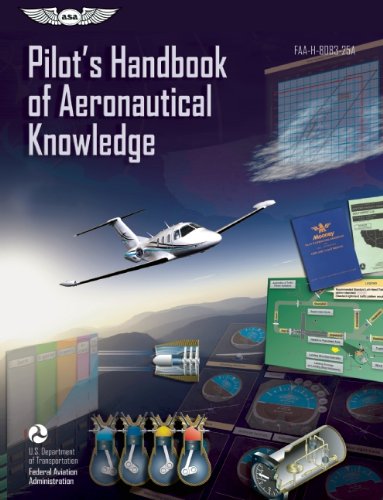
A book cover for Pilot's Handbook of Aeronautical Knowledge: FAA-H-8083-25A (FAA Handbooks series); Federal Aviation Administration (FAA)/Aviation Supplies & Academics (ASA); Engineering & Transportation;